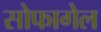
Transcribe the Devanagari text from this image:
सोफागेल